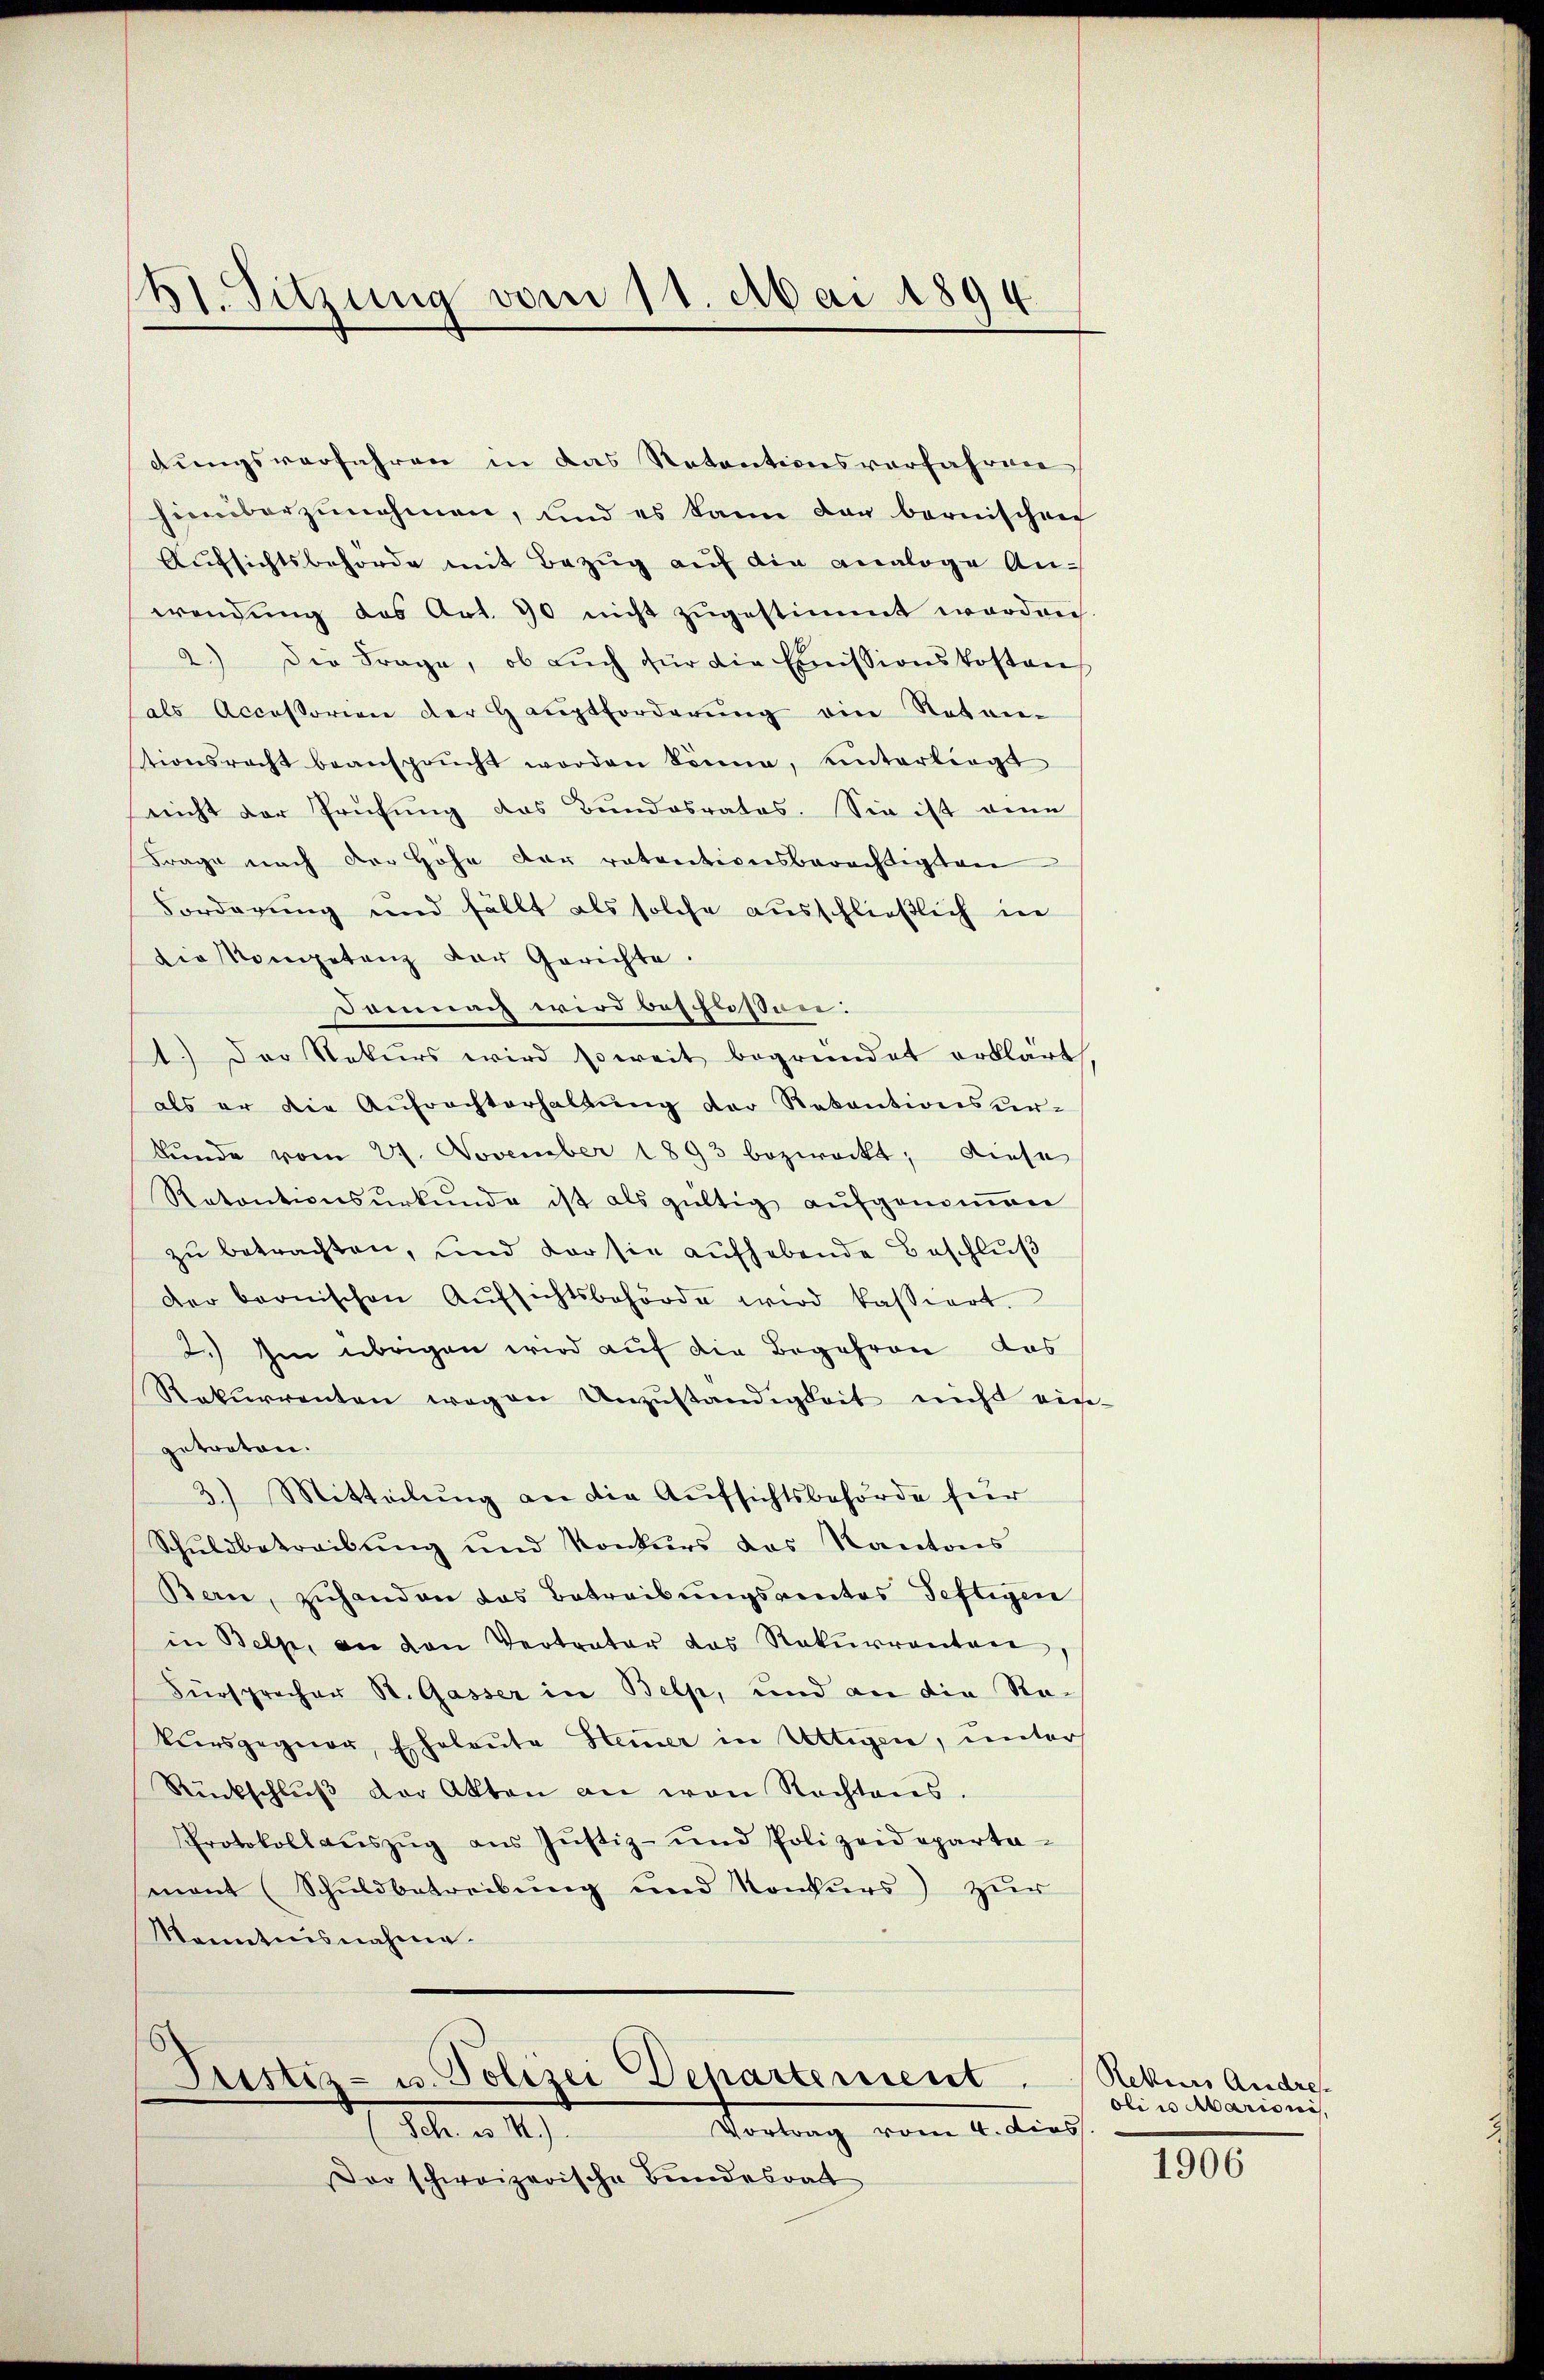
41. Sitzung vom 11. Mai 1894.

dungsverfahren in das Retentionsverfahren
hierüberzŭnehmen, und es kann dar bernischen
Aŭfsichtsbehörde mit Bezug auf die analoge Anwendung des Art. 90 nicht zugestimmt worden
2.) Die Frage, ob auch für die Emissionskostens
sals Accessorien der Haŭptforderŭng ein Notar
tionsrecht beansprŭcht worden könne, unterliegt
nicht der Prüfung das Bundesrates. Sie ist eine
Frage nach der Höhe der ratentionsberechtigten
Vorderung und fällt als solche ausschließlich in
die Kompetenz der Gerichte.
Demnach wird beschussen:
1.) Der Rekurs wird soweit begründet erklärt
als er die Aŭfrachterhaltŭng der Revantionsur-
kunde vom 27. November 1893 bezweckt; diese
Retontionsŭrkŭnde ist als gültig aŭfgenoṁen
zu betrachten, und der sie aufhebende Beschluß
der bernischen Aŭfsichtsbehörde wird kassiert.
2.) Im übrigen wird auf die Begehren das
Rekurrenten wegen Unzŭständigkeit nicht ein
getreten.
3.) Mitteilung an die Aufsichtsbehörde für
Schuldbetreibung und Konkurs des Kantons
Bern, zuhanden das Betreibungsrentes Seftigere
in Belle, an den Vertrater das Rekurrenten
Fürsprecher St. Gasser in Belp, und an die Rekiersgegner, Eheleute Hemer in Uttigen, unters
Rückschlŭβ der Akten an von Rechtens.
Protokoll aŭszŭg aŭs Jŭstiz- und Polizeidepartei-
mnant (Schuldbetreibung und Konkurs zur
Kenntnisnahme.

Justiz- u. Polizei Departement
Portung vom 2. dies
. n. 1).

Der schweizerische Bundesrath

Rekurs Andre
olie Marionis,

1906